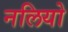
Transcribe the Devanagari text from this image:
नलियो